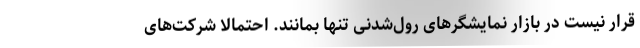
قرار نیست در بازار نمایشگرهای رول‌شدنی تنها بمانند. احتمالا شرکت‌های